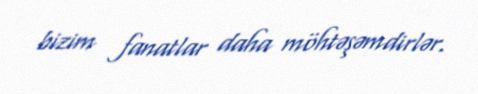
bizim fanatlar daha möhtəşəmdirlər.